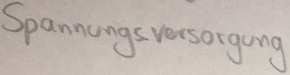
Text: Spannungsversorgung